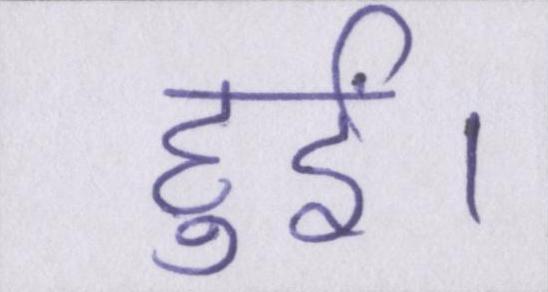
हुईं।